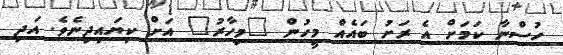
ހުސްނާ ކަމަށް އެ ރަށު ބައެއް މީހުން "މިހާރު" އަށް ކިޔައިދިނެވެ. އަދި